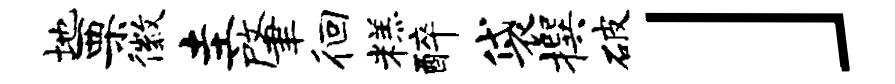
地栗徽圭肇徊糕醉袋撰破」